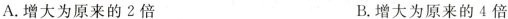
A.增大为原来的2倍 B.增大为原来的4倍